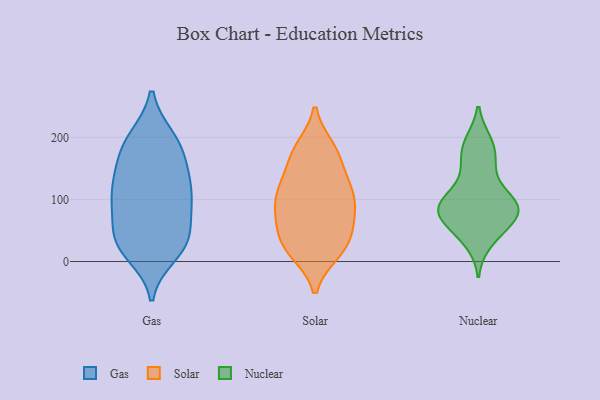
{"axis": {"x": "Shipments", "y": "Value"}, "legend": ["Gas", "Nuclear", "Solar"], "data": [{"x": "", "y": 35, "type": "Gas"}, {"x": "", "y": 130, "type": "Gas"}, {"x": "", "y": 116, "type": "Gas"}, {"x": "", "y": 86, "type": "Gas"}, {"x": "", "y": 12, "type": "Gas"}, {"x": "", "y": 112, "type": "Gas"}, {"x": "", "y": 173, "type": "Gas"}, {"x": "", "y": 155, "type": "Gas"}, {"x": "", "y": 197, "type": "Gas"}, {"x": "", "y": 152, "type": "Gas"}, {"x": "", "y": 99, "type": "Gas"}, {"x": "", "y": 30, "type": "Gas"}, {"x": "", "y": 26, "type": "Gas"}, {"x": "", "y": 72, "type": "Gas"}, {"x": "", "y": 195, "type": "Gas"}, {"x": "", "y": 199, "type": "Gas"}, {"x": "", "y": 39, "type": "Gas"}, {"x": "", "y": 98, "type": "Gas"}, {"x": "", "y": 29, "type": "Gas"}, {"x": "", "y": 26, "type": "Solar"}, {"x": "", "y": 120, "type": "Solar"}, {"x": "", "y": 172, "type": "Solar"}, {"x": "", "y": 70, "type": "Solar"}, {"x": "", "y": 124, "type": "Solar"}, {"x": "", "y": 35, "type": "Solar"}, {"x": "", "y": 18, "type": "Solar"}, {"x": "", "y": 22, "type": "Solar"}, {"x": "", "y": 54, "type": "Solar"}, {"x": "", "y": 182, "type": "Solar"}, {"x": "", "y": 115, "type": "Solar"}, {"x": "", "y": 178, "type": "Solar"}, {"x": "", "y": 87, "type": "Solar"}, {"x": "", "y": 110, "type": "Solar"}, {"x": "", "y": 168, "type": "Solar"}, {"x": "", "y": 16, "type": "Solar"}, {"x": "", "y": 77, "type": "Solar"}, {"x": "", "y": 112, "type": "Solar"}, {"x": "", "y": 73, "type": "Solar"}, {"x": "", "y": 96, "type": "Nuclear"}, {"x": "", "y": 135, "type": "Nuclear"}, {"x": "", "y": 158, "type": "Nuclear"}, {"x": "", "y": 79, "type": "Nuclear"}, {"x": "", "y": 66, "type": "Nuclear"}, {"x": "", "y": 83, "type": "Nuclear"}, {"x": "", "y": 186, "type": "Nuclear"}, {"x": "", "y": 100, "type": "Nuclear"}, {"x": "", "y": 93, "type": "Nuclear"}, {"x": "", "y": 189, "type": "Nuclear"}, {"x": "", "y": 90, "type": "Nuclear"}, {"x": "", "y": 40, "type": "Nuclear"}, {"x": "", "y": 77, "type": "Nuclear"}, {"x": "", "y": 52, "type": "Nuclear"}, {"x": "", "y": 71, "type": "Nuclear"}, {"x": "", "y": 85, "type": "Nuclear"}, {"x": "", "y": 101, "type": "Nuclear"}, {"x": "", "y": 32, "type": "Nuclear"}, {"x": "", "y": 192, "type": "Nuclear"}, {"x": "", "y": 158, "type": "Nuclear"}]}